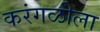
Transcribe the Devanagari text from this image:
करंगळीला